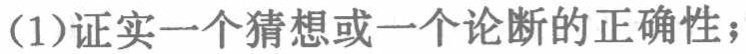
(1)证实一个猜想或一个论断的正确性；